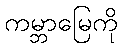
ကမ္ဘာမြေကို